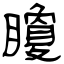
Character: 矎